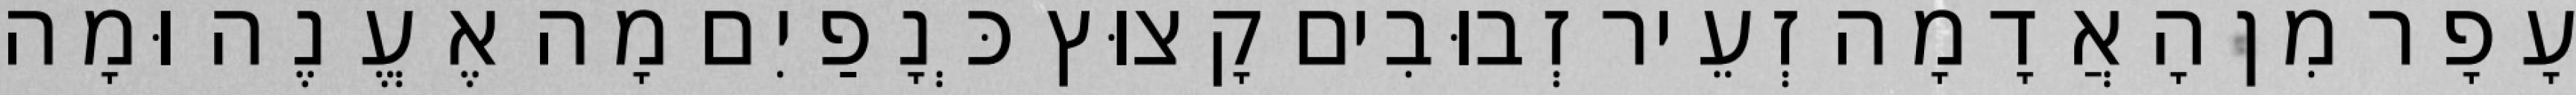
עָפָר מִן הָאֲדָמָה זְעֵיר זְבוּבִים קָצוּץ כְּנָפַיִם מָה אֶעֱנֶה וּמָה